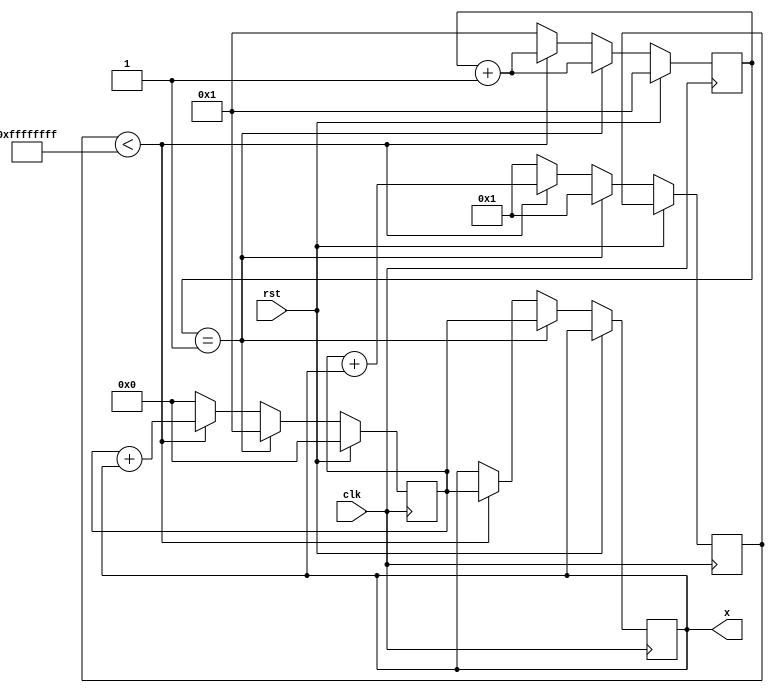
module fibonacci(clk,rst,x);

	input clk,rst;
	reg [31:0]out;
	reg [31:0] count;
	reg [32:0] check;
	output reg [31:0]x;

always@(posedge clk)
begin
	if(rst)
	begin
		count<=1;
		out<=0;
	end
	else if(count==32'b1)
	begin
		x<=out;
		out<=1;
		count<=count+1'b1;
		check=1'b1;
	end
	else if(check<32'hffffffff)
	begin
		check<=out+x;
		out<=out+x;
		x<=out;
		count<=count+1'b1;
	end
	else
	begin
		count<=1;
		out<=0;
		check=1'b1;
	end
end

endmodule